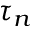
\tau _ { n }